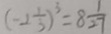
( - 2 \frac { 1 } { 3 } ) ^ { 3 } = 8 \frac { 1 } { 2 7 }